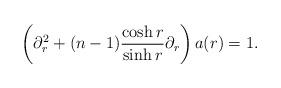
LaTeX: \begin{align*} \left(\partial_r^2 +(n-1) \frac{\cosh r}{\sinh r}\partial_r \right) a (r) = 1.\end{align*}